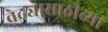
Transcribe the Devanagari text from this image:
वेढ्यासाठीच्या